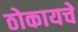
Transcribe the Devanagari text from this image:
ठोकायचे